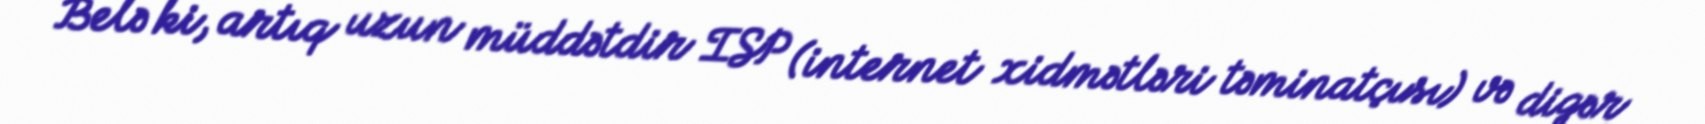
Belə ki, artıq uzun müddətdir ISP (internet xidmətləri təminatçısı) və digər